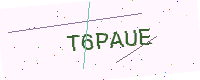
Text: T6PAUE